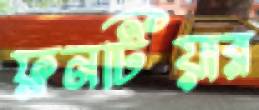
ফ্রনটিয়ার